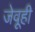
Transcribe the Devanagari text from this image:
जेवूही